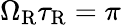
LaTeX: \Omega_{\mathrm{R}}\tau_{\mathrm{R}}=\pi